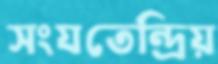
সংযতেন্দ্রিয়